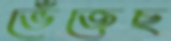
ভেঁজেছ